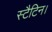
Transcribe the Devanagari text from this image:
स्टैटिन।